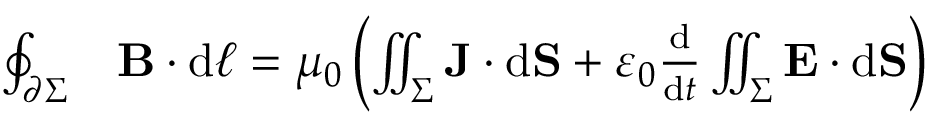
{ \begin{array} { r l } { \oint _ { \partial \Sigma } } & { \mathbf { B } \cdot \mathrm { d } { \boldsymbol { \ell } } = \mu _ { 0 } \left( \iint _ { \Sigma } \mathbf { J } \cdot \mathrm { d } \mathbf { S } + \varepsilon _ { 0 } { \frac { \mathrm { d } } { \mathrm { d } t } } \iint _ { \Sigma } \mathbf { E } \cdot \mathrm { d } \mathbf { S } \right) } \end{array} }